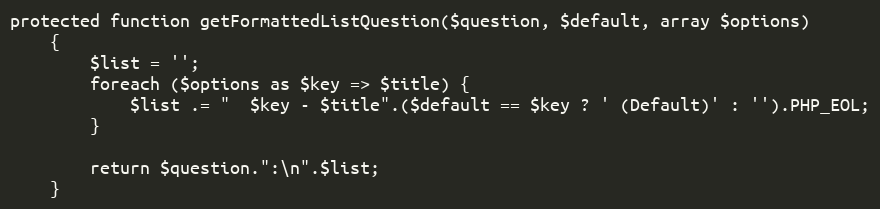
Language: PHP
protected function getFormattedListQuestion($question, $default, array $options)
    {
        $list = '';
        foreach ($options as $key => $title) {
            $list .= "  $key - $title".($default == $key ? ' (Default)' : '').PHP_EOL;
        }

        return $question.":\n".$list;
    }